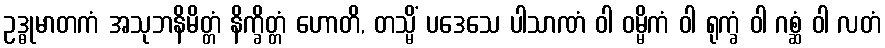
ဥဒ္ဓုမာတကံ အသုဘနိမိတ္တံ နိက္ခိတ္တံ ဟောတိ, တသ္မိံ ပဒေသေ ပါသာဏံ ဝါ ဝမ္မိကံ ဝါ ရုက္ခံ ဝါ ဂစ္ဆံ ဝါ လတံ